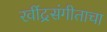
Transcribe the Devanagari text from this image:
रवींद्रसंगीताचा